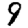
Digit: 9